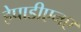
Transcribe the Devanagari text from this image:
हेपाडीएनए